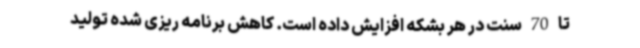
تا 70 سنت در هر بشکه افزایش داده است. کاهش برنامه ریزی شده تولید